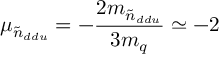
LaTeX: \mu _ { \tilde { n } _ { d d u } } = - { \frac { 2 m _ { \tilde { n } _ { d d u } } } { 3 m _ { q } } } \simeq - 2